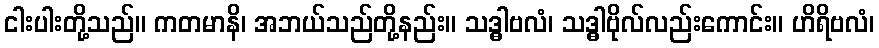
ငါးပါးတို့သည်။ ကတမာနိ၊ အဘယ်သည်တို့နည်း။ သဒ္ဓါဗလံ၊ သဒ္ဓါဗိုလ်လည်းကောင်း။ ဟိရိဗလံ၊